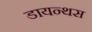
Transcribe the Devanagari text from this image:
डायन्थस